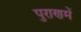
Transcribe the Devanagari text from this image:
पुराणमें